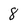
Character: 8